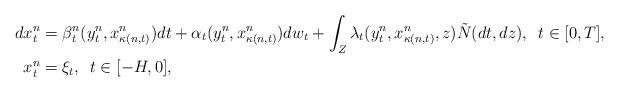
LaTeX: \begin{align*}dx_t^n &= \beta_t^n(y_t^n, x_{\kappa(n,t)}^n) dt + \alpha_t(y_t^n, x_{\kappa(n,t)}^n) dw_t +\int_{Z} \lambda_t( y_t^n, x_{\kappa(n,t)}^n, z)\tilde N(dt,dz), \,\,\,t \in [0, T], \\x_t^n &= \xi_t, \,\,\, t \in [-H, 0], \end{align*}